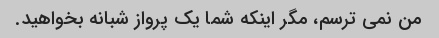
من نمی ترسم، مگر اینکه شما یک پرواز شبانه بخواهید.